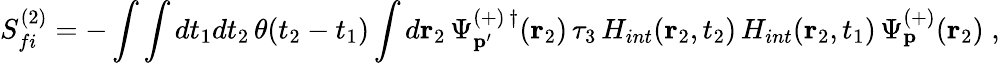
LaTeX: S_{fi}^{(2)}=-\int\int dt_{1}dt_{2}\, \theta(t_{2}-t_{1})\int d{\mathbf r_{2}}\, \Psi_{{\mathbf p^{\prime}}}^{(+)\, \dagger}({\mathbf r_{2}})\, \tau_{3}\, H_{int}({\mathbf r_{2}},t_{2})\, H_{int}({\mathbf r_{2}},t_{1})\, \Psi_{{\mathbf p}}^{(+)}({\mathbf r_{2}})\; ,